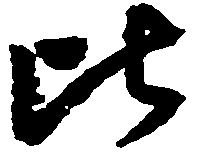
比